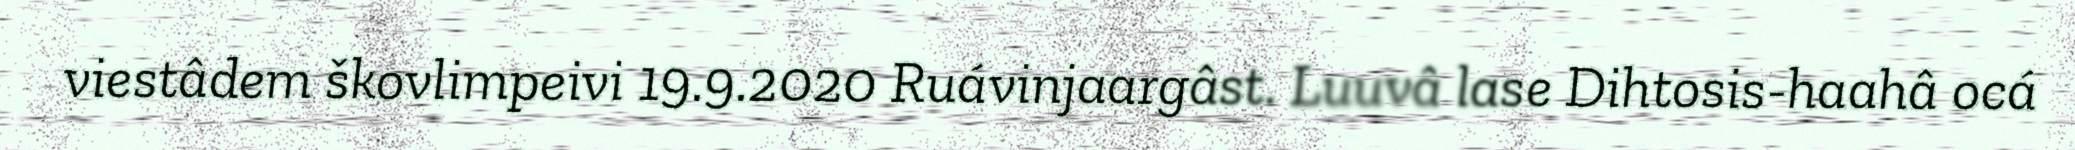
viestâdem škovlimpeivi 19.9.2020 Ruávinjaargâst. Luuvâ lase Dihtosis-haahâ ocá